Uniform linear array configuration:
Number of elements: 64
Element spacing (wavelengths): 0.25
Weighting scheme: hann
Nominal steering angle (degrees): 0
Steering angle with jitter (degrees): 1.443
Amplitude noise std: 0.05
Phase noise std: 0.05

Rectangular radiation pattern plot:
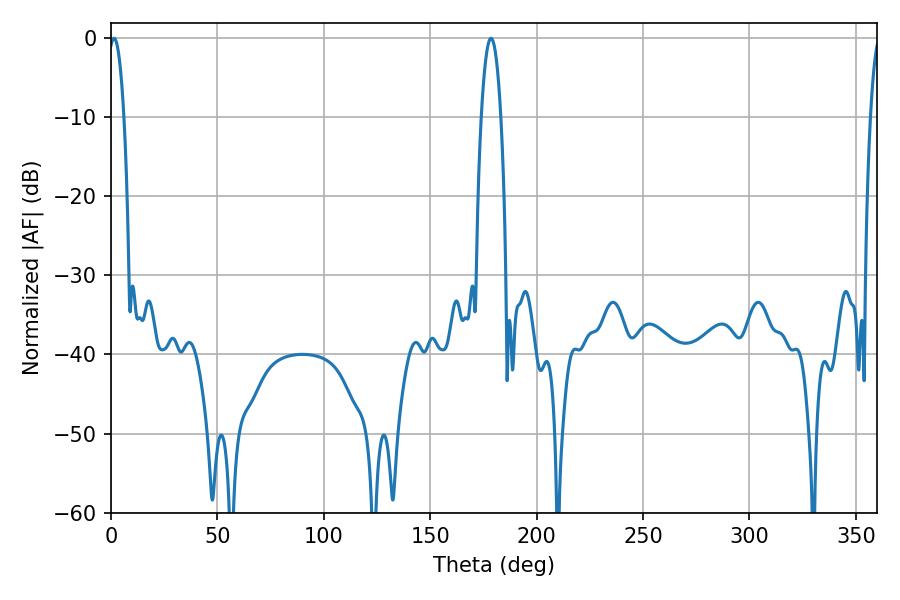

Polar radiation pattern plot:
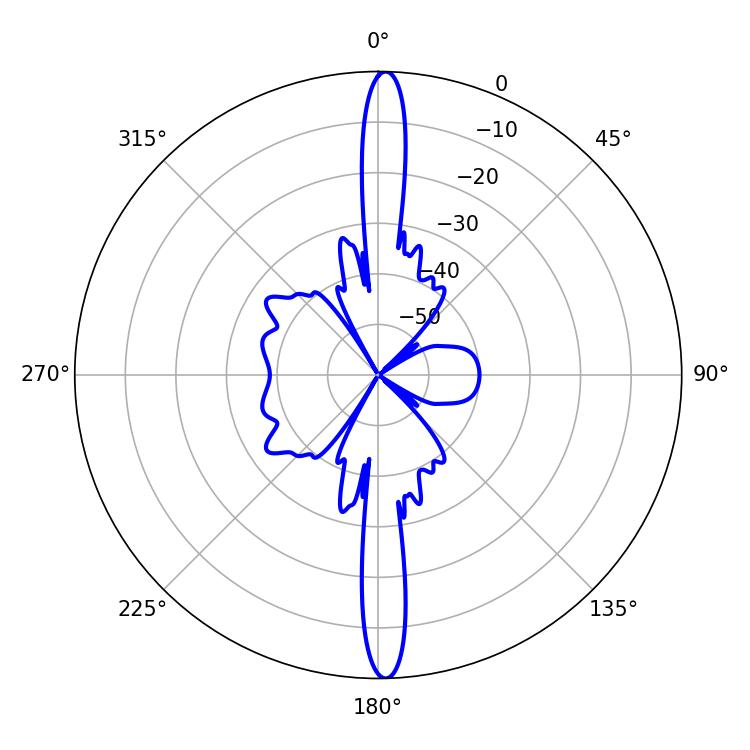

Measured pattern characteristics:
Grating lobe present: FALSE
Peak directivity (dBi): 26.411
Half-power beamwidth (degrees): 3.96
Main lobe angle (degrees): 1.44